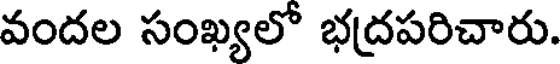
వందల సంఖ్యలో భద్రపరిచారు.